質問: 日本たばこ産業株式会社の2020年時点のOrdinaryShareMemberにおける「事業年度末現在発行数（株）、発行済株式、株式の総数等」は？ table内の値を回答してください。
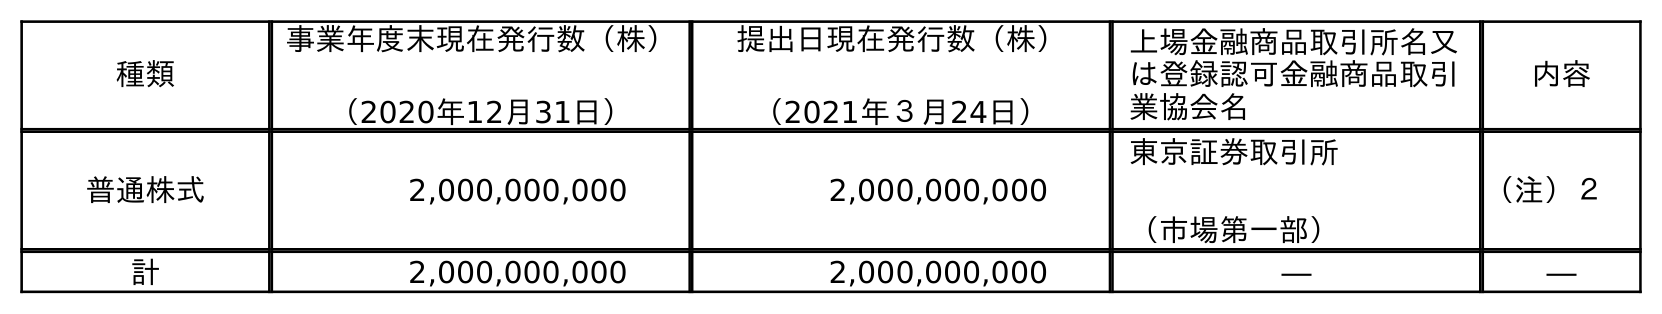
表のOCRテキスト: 種類 事業年度末現在発行数（株） （2020年12月31日） 提出日現在発行数（株） （2021年３月24日） 上場金融商品取引所名又 は登録認可金融商品取引 業協会名 内容 普通株式 2,000,000,000 2,000,000,000 東京証券取引所 （市場第一部） （注）２ 計 2,000,000,000 2,000,000,000 ― ―
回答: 2,000,000,000